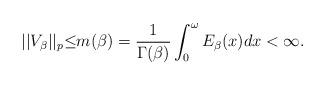
LaTeX: \begin{align*}||V_{\beta}||_{p}{\leq}m(\beta)=\frac{1}{\Gamma(\beta)}\int_{0}^{\omega}E_{\beta}(x)dx<\infty.\end{align*}